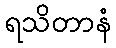
ရသိတာနံ